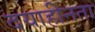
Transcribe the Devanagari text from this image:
दयाहीनता